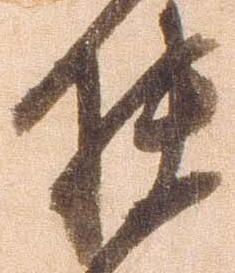
扶